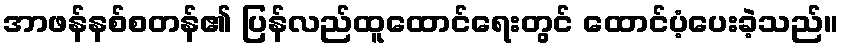
အာဖန်နစ်စတန်၏ ပြန်လည်ထူထောင်ရေးတွင် ထောင်ပံ့ပေးခဲ့သည်။